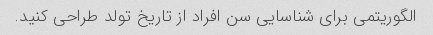
الگوریتمی برای شناسایی سن افراد از تاریخ تولد طراحی کنید.